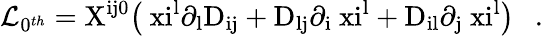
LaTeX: {\cal L}_{0^{th}}=\mathrm{X^{ij0}\big(\ xi^{l}\partial_{l}D_{ij}+D_{lj}\partial_{i}\ xi^{l}+D_{il}\partial_{j}\ xi^{l}\big)}~~~.